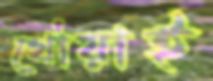
থৌয়াই